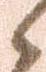
候